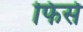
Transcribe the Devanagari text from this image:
फिर्स